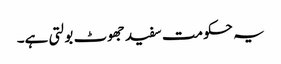
یہ حکومت سفید جھوٹ بولتی ہے۔